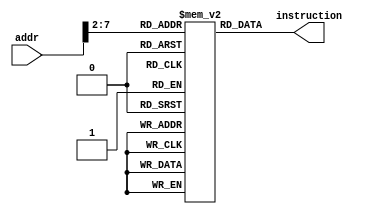
`timescale 1ns / 1ps
//////////////////////////////////////////////////////////////////////////////////
// Company: 
// Engineer: 
// 
// Design Name: 
// Module Name: InstMem
// Project Name: 
// Target Devices: 
// Tool Versions: 
// Description: 
// 
// Dependencies: 
// 
// Revision:
// Revision 0.01 - File Created
// Additional Comments:
// 
//////////////////////////////////////////////////////////////////////////////////


module InstMem (input [7:0] addr, output wire [31:0] instruction); //InstructionMemory module
    reg [31:0]memory[63:0];
    wire [5:0]temp_addr;
    
    assign temp_addr = addr[7:2];
    assign instruction = memory[temp_addr]; //behaviour of InstructionMemory
    
    initial 
        begin
            memory[0] = 32'h00007033;
            memory[1] = 32'h00100093; 
            memory[2] = 32'h00200113;
            memory[3] = 32'h00308193;
            memory[4] = 32'h00408213;
            memory[5] = 32'h00510293;
            memory[6] = 32'h00610313;
            memory[7] = 32'h00718393;
            memory[8] = 32'h00208433;
            memory[9] = 32'h404404b3;
            memory[10] = 32'h00317533;
            memory[11] = 32'h0041e5b3; 
            memory[12] = 32'h0041a633; 
            memory[13] = 32'h007346b3; 
            memory[14] = 32'h4d34f713; 
            memory[15] = 32'h8d35e793; 
            memory[16] = 32'h4d26a813; 
            memory[17] = 32'h4d244893;
            memory[18] = 32'h02b02823;
            memory[19] = 32'h03002603;
            
        end
        
endmodule